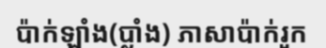
ប៉ាក់ឡាំង(ប្លាំង) ភាសាប៉ាក់រួក